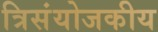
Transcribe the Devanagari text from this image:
त्रिसंयोजकीय